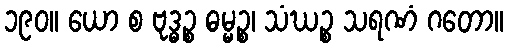
၁၉၀။ ယော စ ဗုဒ္ဓဉ္စ ဓမ္မဉ္စ၊ သံဃဉ္စ သရဏံ ဂတော။